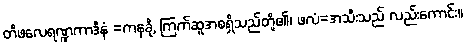
တိဖလေရဏ္ဍကာဒီနံ =ကနခို, ကြက်ဆူအစရှိသည်တို့၏၊ ဖလံ=အသီးသည် လည်းကောင်း။